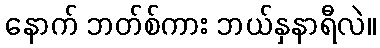
နောက် ဘတ်စ်ကား ဘယ်နှနာရီလဲ။